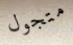
متجول